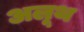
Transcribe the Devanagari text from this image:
अलूथ